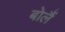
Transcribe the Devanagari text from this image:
बोलैं